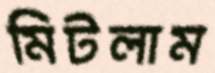
মিটলাম